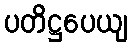
ပတိဋ္ဌပေယျ